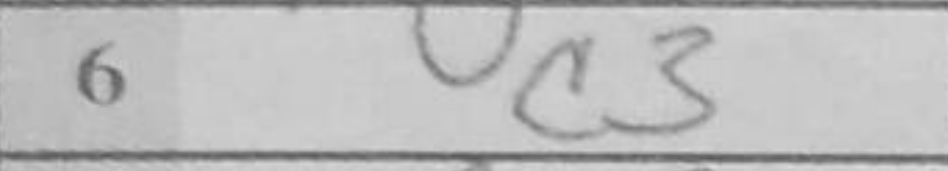
Transcription: c3